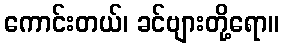
ကောင်းတယ်၊ ခင်ဗျားတို့ရော။